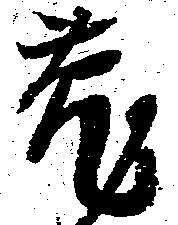
莵